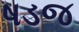
ષડજ